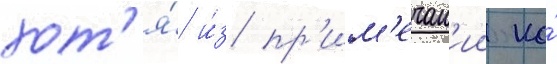
хот'я́ и́з пр'им'ечан'ии ко́